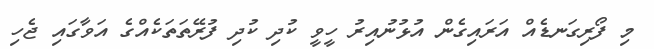
މި ފޯރިގަނޑެއް އަރައިގެން އުޅުނުއިރު ހީވީ ކުދި ކުދި ފުރޭތަތަކެއްގެ އަވާގައި ޖެހި